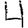
Digit: 4